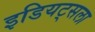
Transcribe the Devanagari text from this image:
इडियट्सला